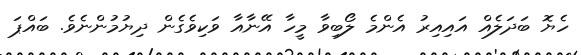
ހެޔޮ ބަދަލެއް އައިއިރު އެންމެ ލޯބިވާ މީހާ އޭނާއާ ވަކިވެގެން ދިޔުމުންނެވެ. ބައްޕަ